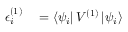
\begin{array} { r l } { \epsilon _ { i } ^ { ( 1 ) } } & { { } = \left\langle \psi _ { i } \right| V ^ { ( 1 ) } \left| \psi _ { i } \right\rangle } \end{array}